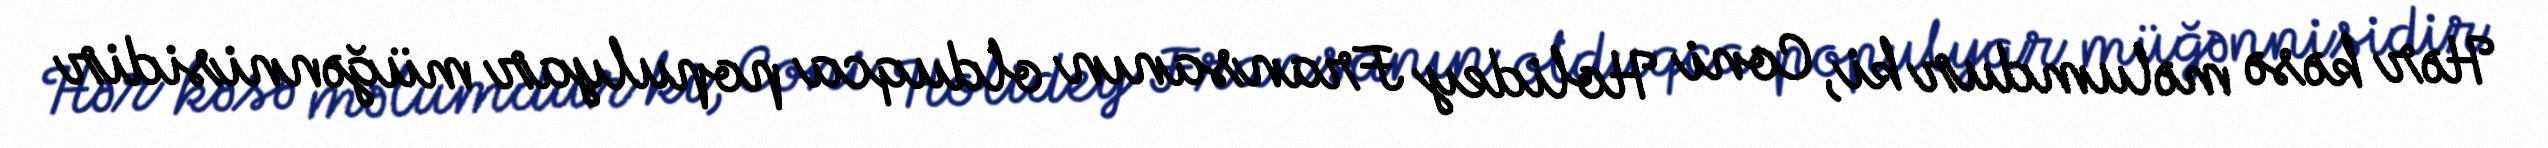
Hər kəsə məlumdur ki, Coni Holidey Fransanın olduqca populyar müğənnisidir